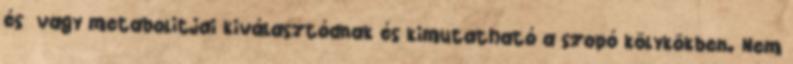
és vagy metabolitjai kiválasztódnak és kimutatható a szopó kölykökben. Nem